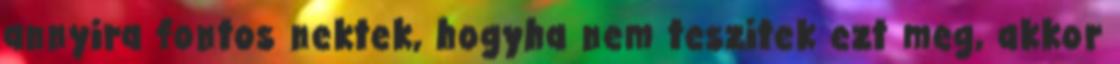
annyira fontos nektek, hogyha nem teszitek ezt meg, akkor